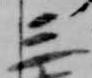
三